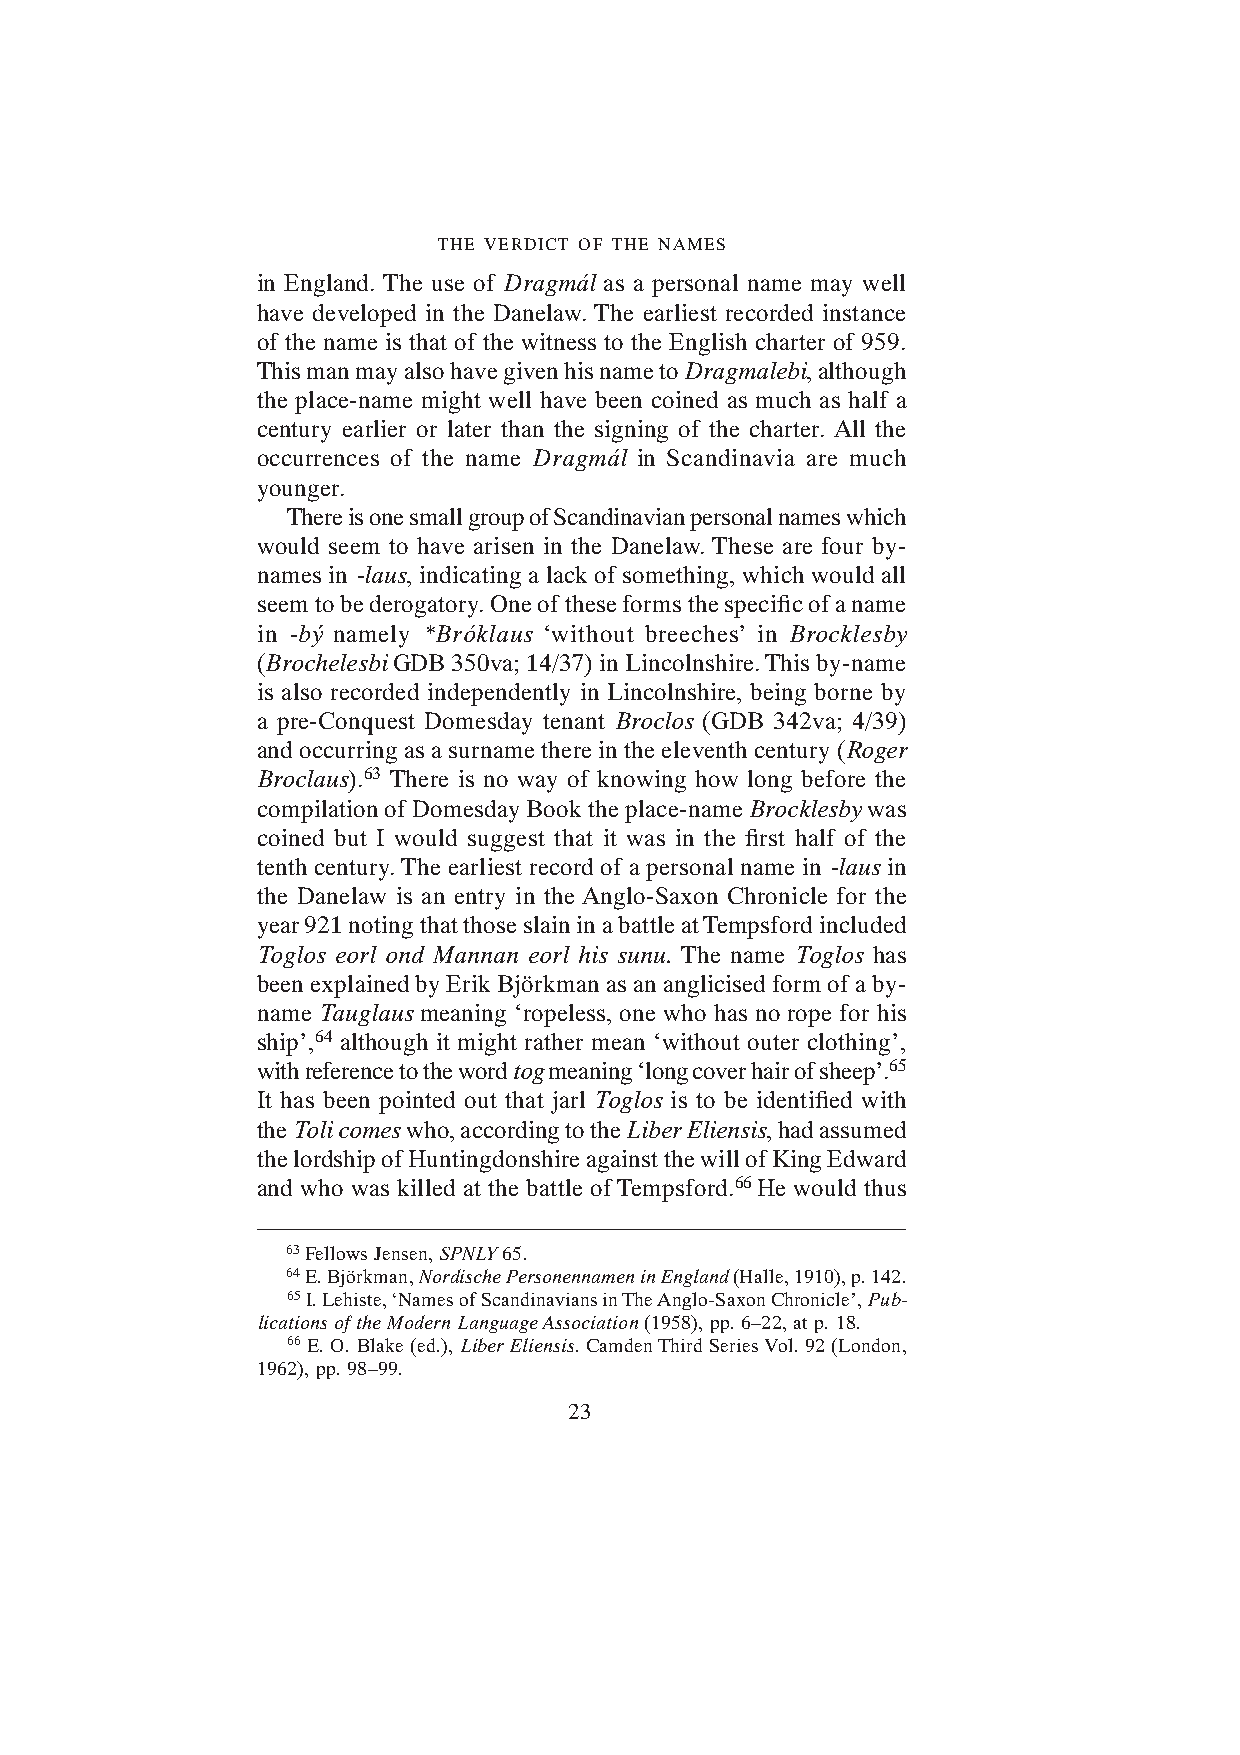
THE VERDICT OF THE NAMES
 in England. The use of Dragmál as a personal name may well
 have developed in the Danelaw. The earliest recorded instance
 of the name is that of the witness to the English charter of 959.
 This man may also have given his name to Dragmalebi, although
 the place-name might well have been coined as much as half a
 century earlier or later than the signing of the charter. All the
 occurrences of the name Dragmál in Scandinavia are much
 younger.
 There is one small group of Scandinavian personal names which
 would seem to have arisen in the Danelaw. These are four by-
 names in -laus, indicating a lack of something, which would all
 seem to be derogatory. One of these forms the specific of a name
 in -bý namely *Bróklaus ‘without breeches’ in Brocklesby
 (Brochelesbi GDB 350va; 14/37) in Lincolnshire. This by-name
 is also recorded independently in Lincolnshire, being borne by
 a pre-Conquest Domesday tenant Broclos (GDB 342va; 4/39)
 and occurring as a surname there in the eleventh century (Roger
 Broclaus).63 There is no way of knowing how long before the
 compilation of Domesday Book the place-name Brocklesby was
 coined but I would suggest that it was in the first half of the
 tenth century. The earliest record of a personal name in -laus in
 the Danelaw is an entry in the Anglo-Saxon Chronicle for the
 year 921 noting that those slain in a battle at Tempsford included
 Toglos eorl ond Mannan eorl his sunu. The name Toglos has
 been explained by Erik Björkman as an anglicised form of a by-
 name Tauglaus meaning ‘ropeless, one who has no rope for his
 ship’,64 although it might rather mean ‘without outer clothing’,
 with reference to the word tog meaning ‘long cover hair of sheep’.65
 It has been pointed out that jarl Toglos is to be identified with
 the Toli comes who, according to the Liber Eliensis, had assumed
 the lordship of Huntingdonshire against the will of King Edward
 and who was killed at the battle of Tempsford.66 He would thus
 63 Fellows Jensen, SPNLY 65.
 64 E. Björkman, Nordische Personennamen in England (Halle, 1910), p. 142.
 65 I. Lehiste, ‘Names of Scandinavians in The Anglo-Saxon Chronicle’, Pub-
 lications of the Modern Language Association (1958), pp. 6–22, at p. 18.
 66 E. O. Blake (ed.), Liber Eliensis. Camden Third Series Vol. 92 (London,
 1962), pp. 98–99.
 23